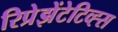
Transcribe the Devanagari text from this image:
रिप्रेझेंटेटिव्ह्स